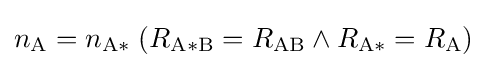
n_{\mathrm {A} }=n_{\mathrm {A*} }\;(R_{\mathrm {A*B} }=R_{\mathrm {AB} }\land R_{\mathrm {A*} }=R_{\mathrm {A} })